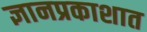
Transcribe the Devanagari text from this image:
ज्ञानप्रकाशात